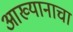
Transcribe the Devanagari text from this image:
आख्यानाचा